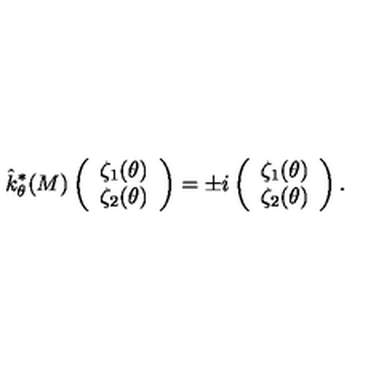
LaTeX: \hat { k } _ { \theta } ^ { * } ( M ) \left( \begin{array} { c } { \zeta _ { 1 } ( \theta ) } \\ { \zeta _ { 2 } ( \theta ) } \\ \end{array} \right) = \pm i \left( \begin{array} { c } { \zeta _ { 1 } ( \theta ) } \\ { \zeta _ { 2 } ( \theta ) } \\ \end{array} \right) .